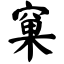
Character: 窠